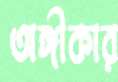
অঙ্গীকার